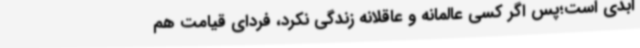
ابدی است؛پس اگر کسی عالمانه و عاقلانه زندگی نکرد، فردای قیامت هم